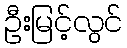
ဦးမြင့်လွင်